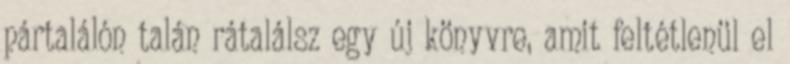
pártalálón talán rátalálsz egy új könyvre, amit feltétlenül el